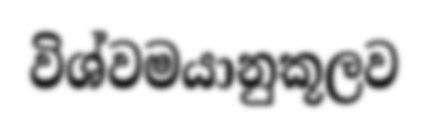
විශ්වමයානුකූලව